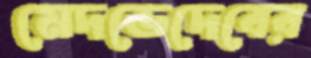
মেদভেদেবের